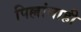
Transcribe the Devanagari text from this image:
पिल्लांनाही